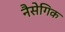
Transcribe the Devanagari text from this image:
नैसेगिक